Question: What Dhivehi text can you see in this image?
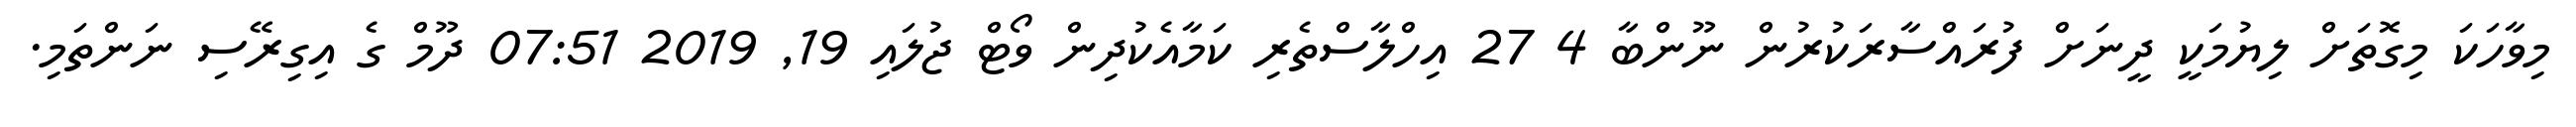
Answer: މިވާހަކަ މިގޮތަށް ލިޔުމަކީ ދީނަށް ފުރައްސާރަކުރުން ނޫންބާ 4 27 އިހްލާސްތެރި ކަމާއެކުދިން ވޯޓް ޖުލައި 19, 2019 07:51 ދޫމް ގެ އިގިރޭސި ނަންތަމި.